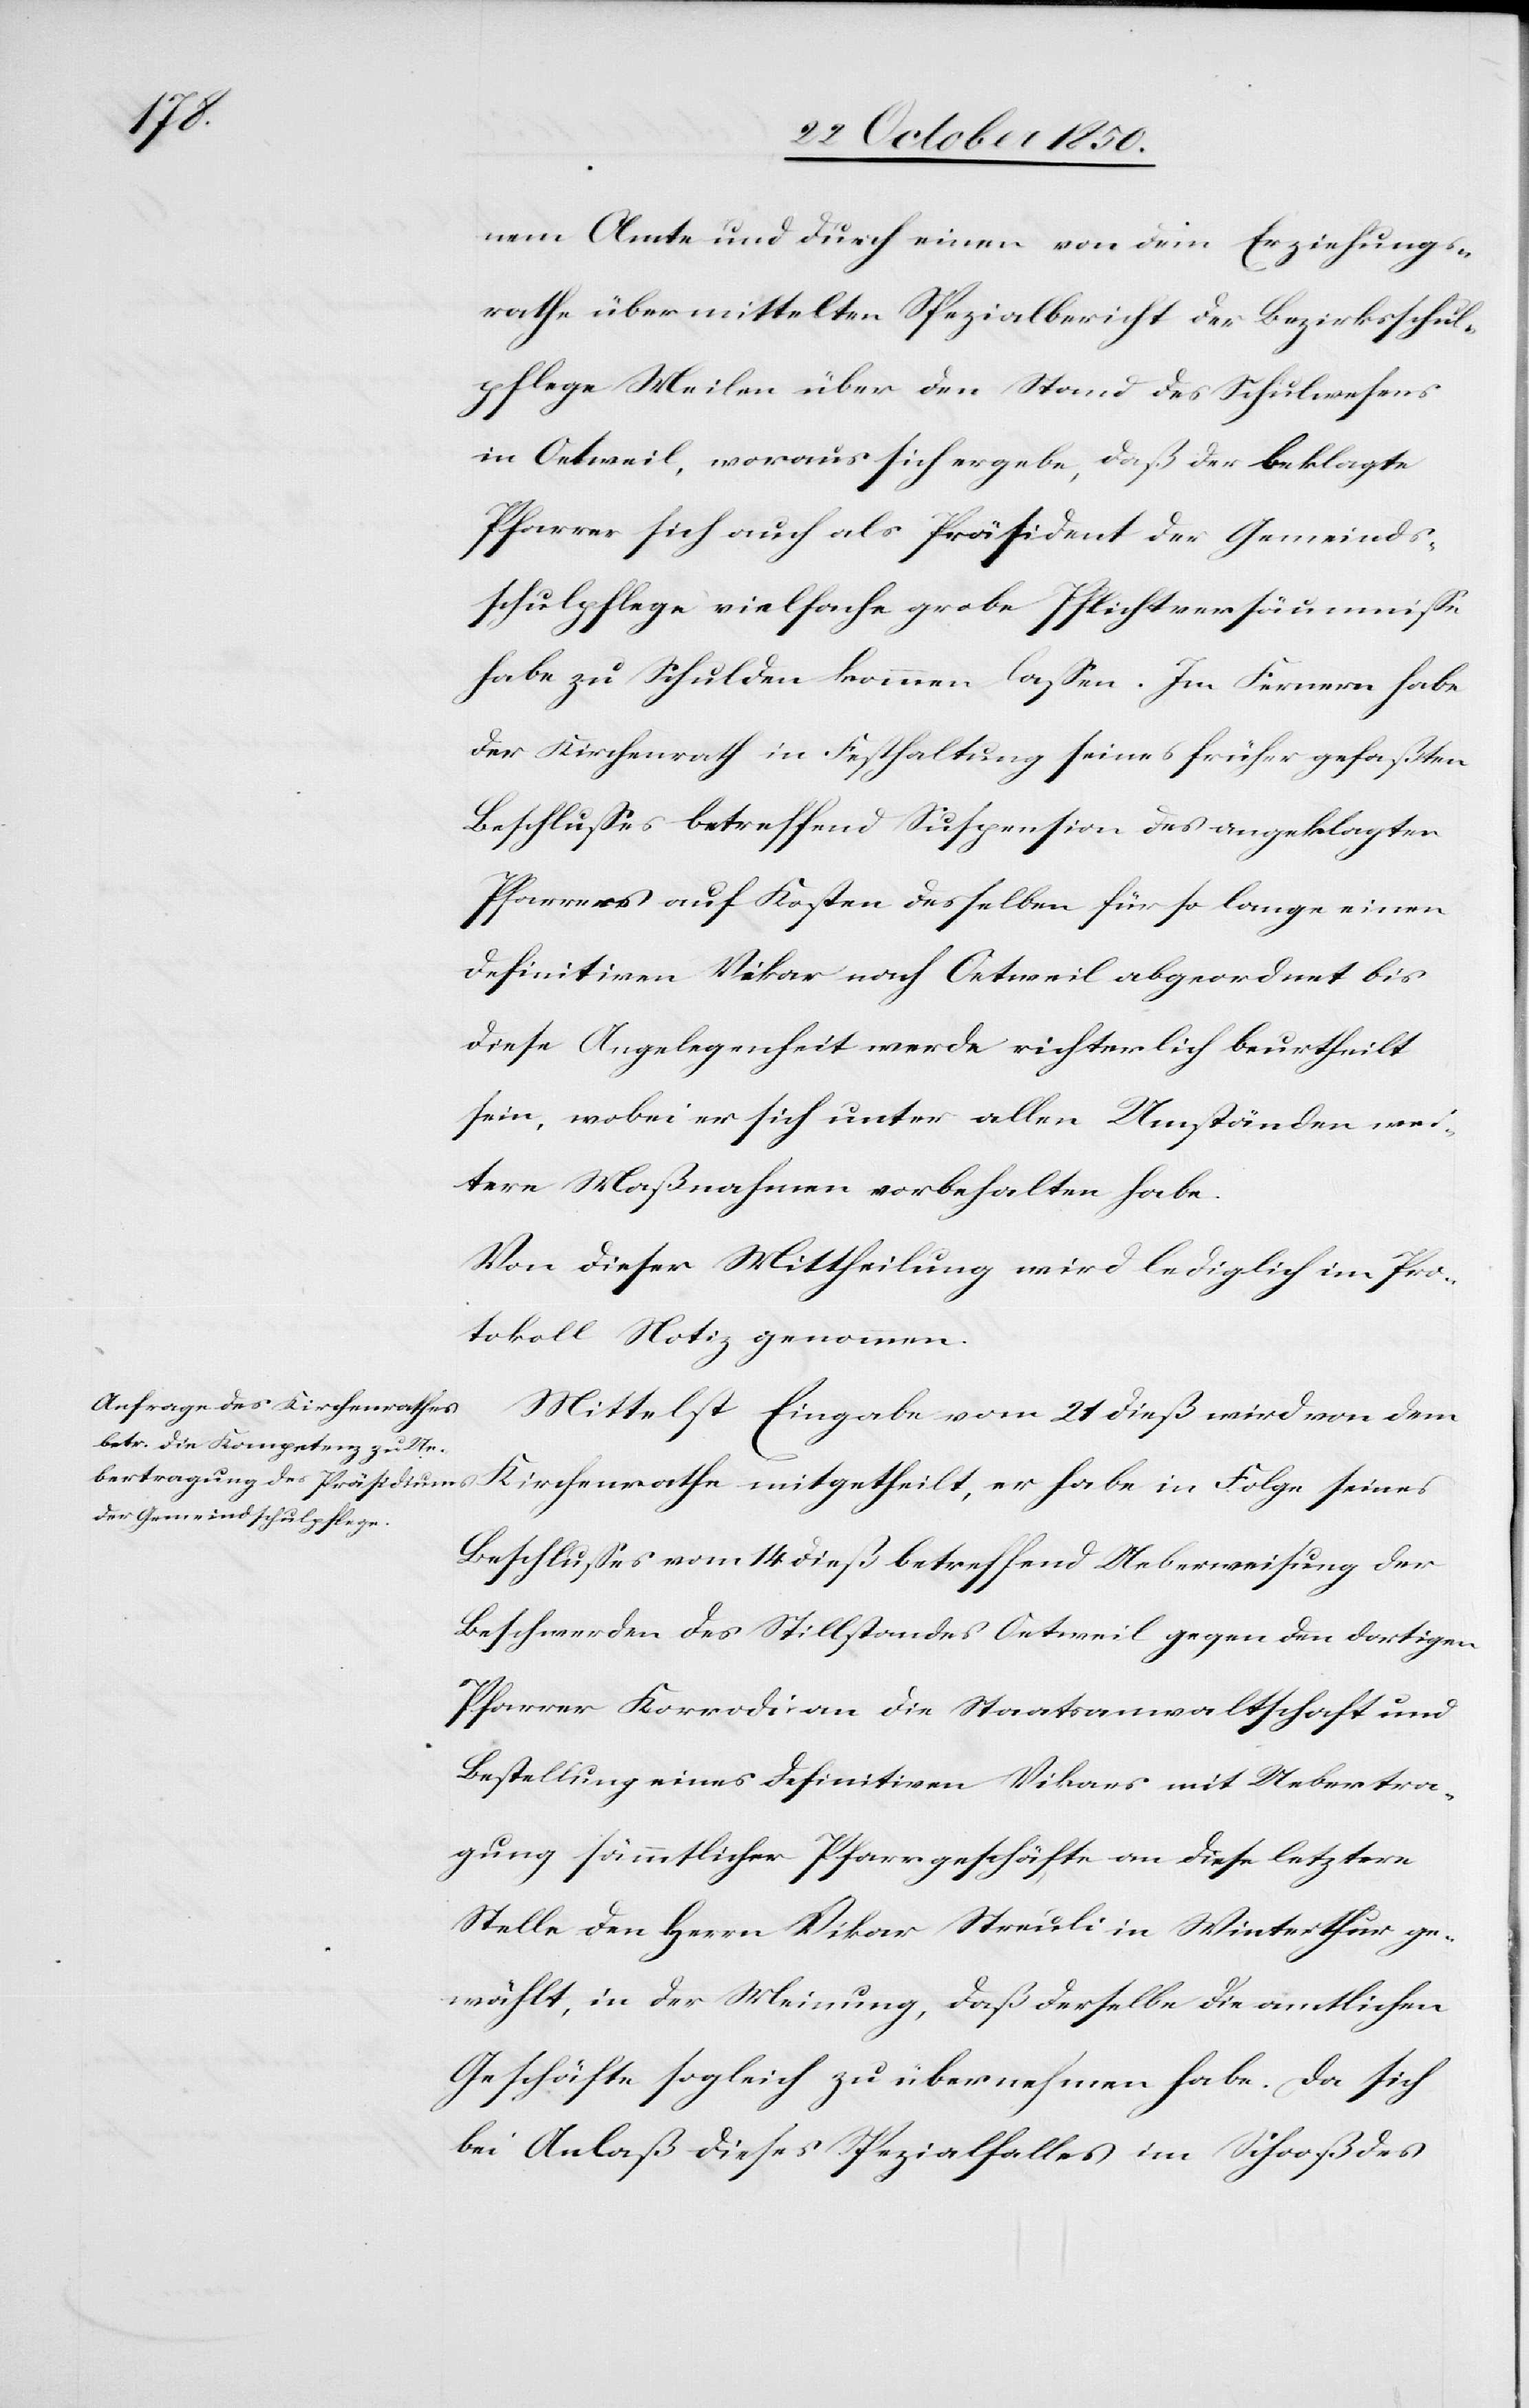
nem Amte und durch einen von dem Erziehungs¬
rathe übermittelten Spezialbericht der Bezirksschul¬
pflege Meilen über den Stand des Schulwesens
in Oetweil, woraus sich ergebe, daß der beklagte
Pfarrer sich auch als Präsident der Gemeinds¬
schulpflege vielfache grobe Pflichtversäumnisse
habe zu Schulden kommen lassen. Im Fernern habe
der Kirchenrath in Festhaltung seines früher gefaßten
Beschlusses betreffend Suspension des angeklagten
Pfarrers auf Kosten desselben für so lange einen
definitiven Vikar nach Oetweil abgeordnet bis
diese Angelegenheit werde richterlich beurtheilt
sein, wobei er sich unter allen Umständen wei¬
tere Maßnahmen vorbehalten habe.
Von dieser Mittheilung wird lediglich im Pro¬
tokoll Notiz genommen.
Mittelst Eingabe vom 21 dieß wird von dem
Kirchenrathe mitgetheilt, er habe in Folge seines
Beschlusses vom 14 dieß betreffend Ueberweisung der
Beschwerden des Stillstandes Oetweil gegen den dortigen
Pfarrer Korrodi an die Staatsanwaltschaft und
Bestellung eines definitiven Vikars mit Uebertra¬
gung sämmtlicher Pfarrgeschäfte an diese letztere
Stelle den Herrn Vikar Streuli in Winterthur ge¬
wählt, in der Meinung, daß derselbe die amtlichen
Geschäfte sogleich zu übernehmen habe. Da sich
bei Anlaß dieses Spezialfalles im Schooß des